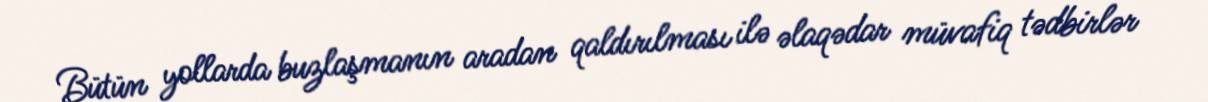
Bütün yollarda buzlaşmanın aradan qaldırılması ilə əlaqədar müvafiq tədbirlər